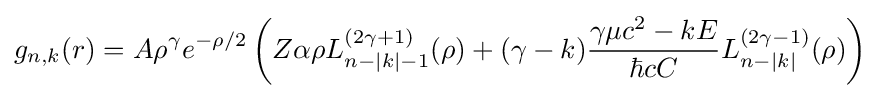
g_{n,k}(r)=A\rho ^{\gamma }e^{-\rho /2}\left(Z\alpha \rho L_{n-|k|-1}^{(2\gamma +1)}(\rho )+(\gamma -k){\frac {\gamma \mu c^{2}-kE}{\hbar cC}}L_{n-|k|}^{(2\gamma -1)}(\rho )\right)